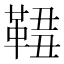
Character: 𩋓